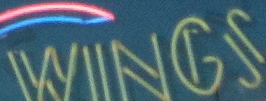
WINGS